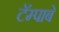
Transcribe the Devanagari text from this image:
टॅम्पाबे